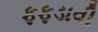
ફફડાવી